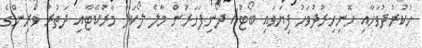
ހުކުރުދުވަހާއި ހޮނިހިރުދުވަހު ފިޔަވައި ބޯޓު/ ދޯނިފަހަރުން މާލެ ލޯކަލް މާރުކޭޓާއި ދަތުރު ވެރިންގެ